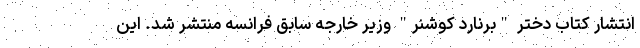
انتشار کتاب دختر "برنارد کوشنر" وزیر خارجه سابق فرانسه منتشر شد. این